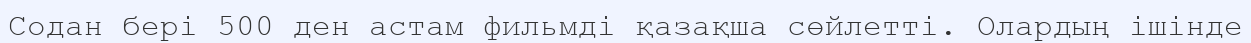
Содан бері 500 ден астам фильмді қазақша сөйлетті. Олардың ішінде